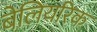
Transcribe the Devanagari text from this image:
बेलियरिक